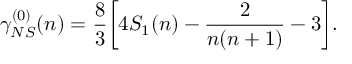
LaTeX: \gamma _ { N S } ^ { ( 0 ) } ( n ) = \frac { 8 } { 3 } \bigg [ 4 S _ { 1 } ( n ) - \frac { 2 } { n ( n + 1 ) } - 3 \bigg ] .